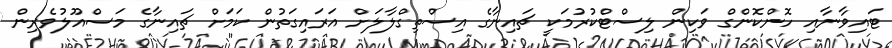
ޓައިވާނާއި ހޮންކޮންގް ވަކިން ލިސްޓްކުރުމަކީ ޗައިނާގެ އިސްތިގްލާލަށް އަރައިގަތުން ކަމަށް ޗައިނާގެ މަސްއޫލުވެރިން